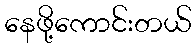
နေဖို့ကောင်းတယ်